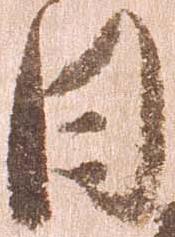
日